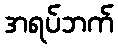
အရပ်ဘက်